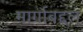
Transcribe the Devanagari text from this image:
मार्गाबद्दल